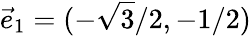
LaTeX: \vec{e}_{1}=(-\sqrt{3}/2,-1/2)